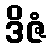
ဒိဇံ